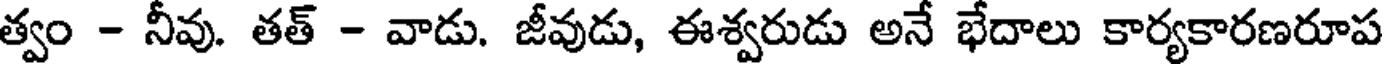
త్వం - నీవు. తత్ - వాడు. జీవుడు, ఈశ్వరుడు అనే భేదాలు కార్యకారణరూప